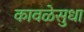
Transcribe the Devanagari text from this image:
कावळेसुधा